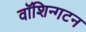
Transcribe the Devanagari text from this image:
वॉशिन्गटन